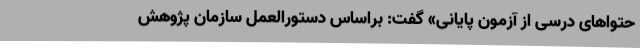
حتواهای درسی از آزمون پایانی» گفت: براساس دستورالعمل سازمان پژوهش